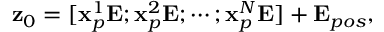
\begin{array} { r } { \mathbf { z } _ { 0 } = [ \mathbf { x } _ { p } ^ { 1 } \mathbf { E } ; \mathbf { x } _ { p } ^ { 2 } \mathbf { E } ; \cdots ; \mathbf { x } _ { p } ^ { N } \mathbf { E } ] + \mathbf { E } _ { p o s } , } \end{array}